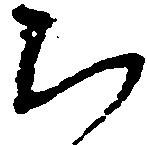
ち